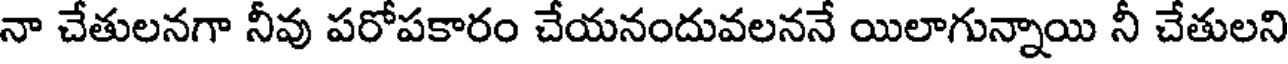
నా చేతులనగా నీవు పరోపకారం చేయనందువలననే యిలాగున్నాయి నీ చేతులని